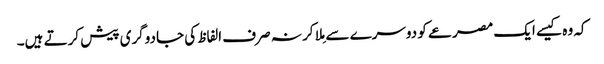
کہ وہ کیسے ایک مصرعے کو دوسرے سے مِلا کر نہ صرف الفاظ کی جادوگری پیش کرتے ہیں۔